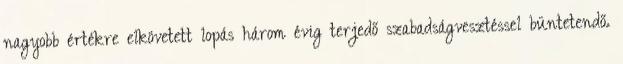
nagyobb értékre elkövetett lopás három évig terjedő szabadságvesztéssel büntetendő.